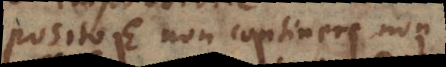
posito E non continere non-B,